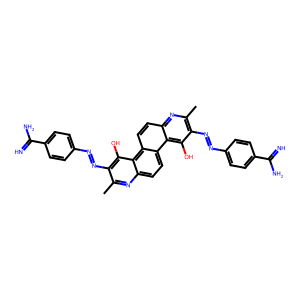
SMILES: Cc1nc2ccc3c(ccc4nc(C)c(N=Nc5ccc(C(=N)N)cc5)c(O)c43)c2c(O)c1N=Nc1ccc(C(=N)N)cc1
Inhibits HIV replication: No